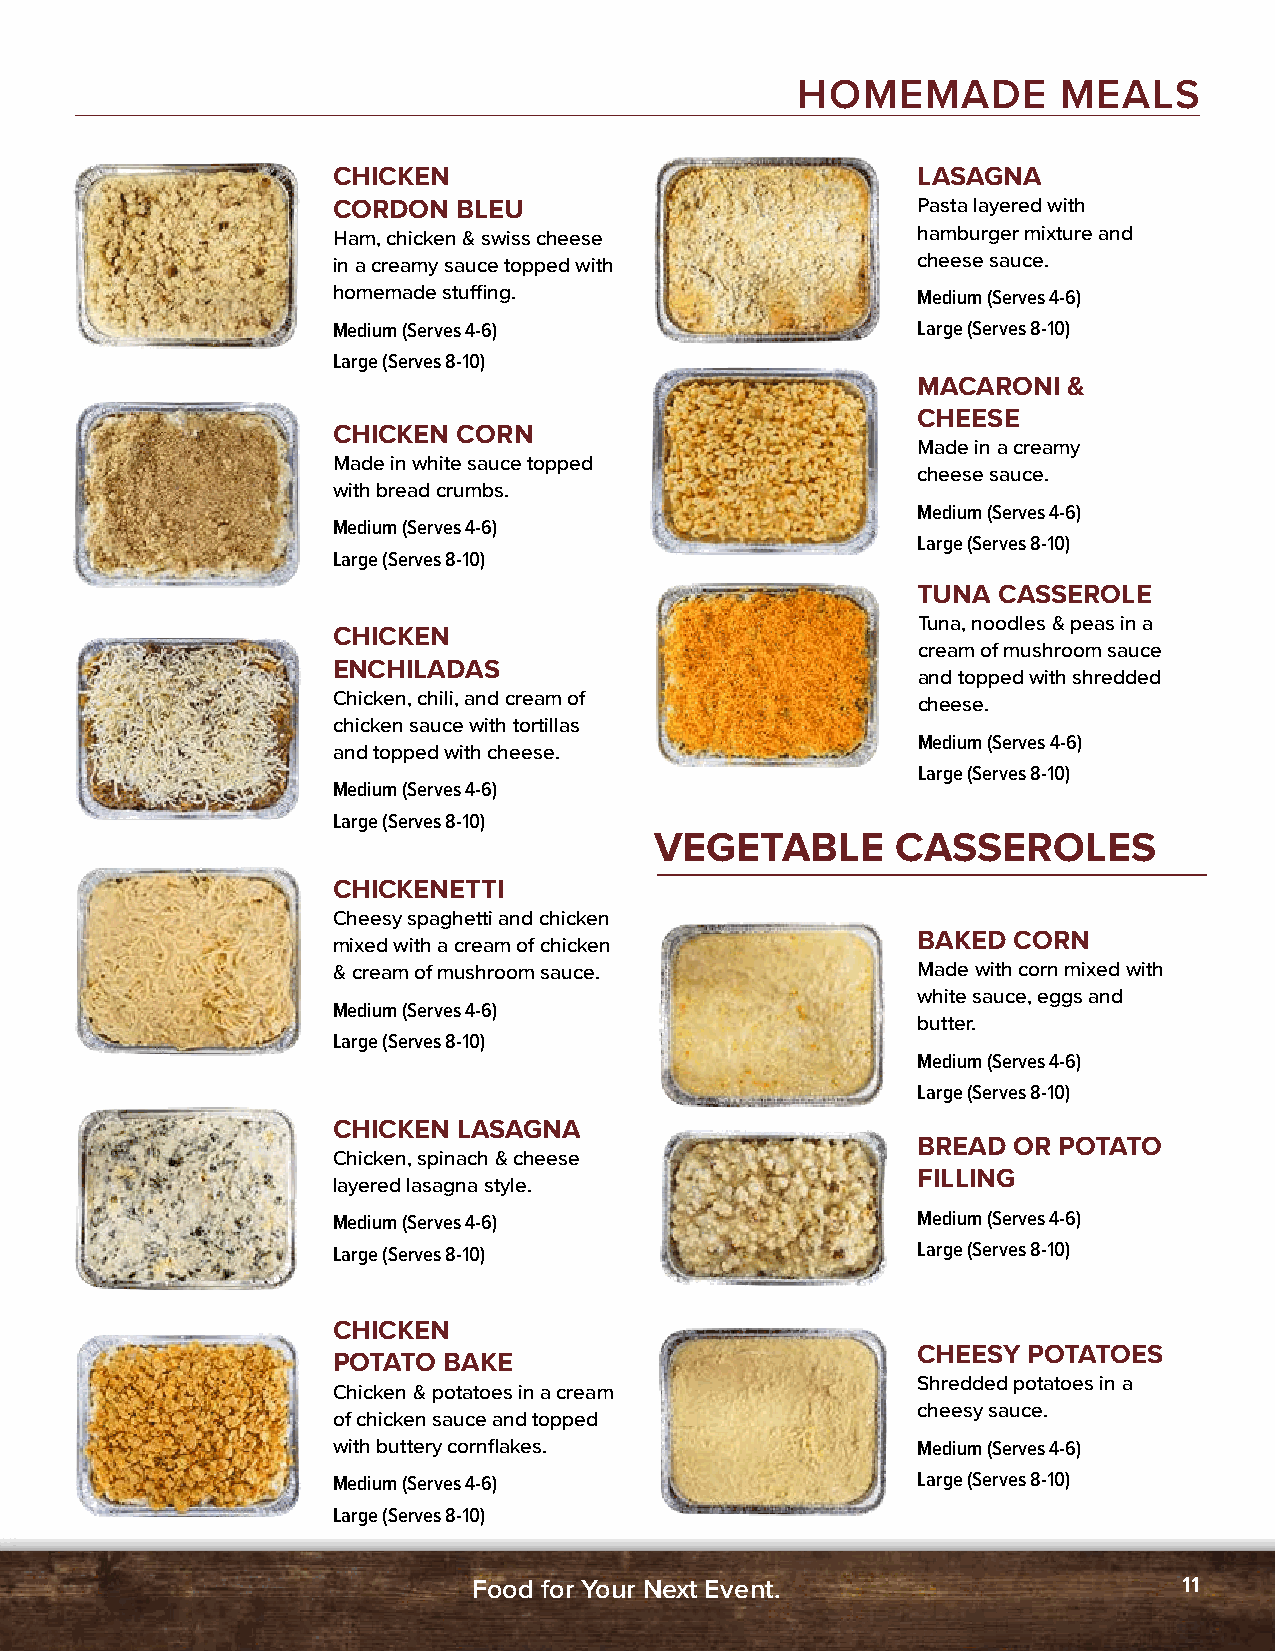
HOMEMADE         MEALS
 CHICKEN                                LASAGNA
 CORDON  BLEU                           Pasta layered with
 Ham, chicken & swiss cheese            hamburger mixture and
 in a creamy sauce topped with          cheese sauce.
 homemade stuffing.                     Medium (Serves 4-6)
 Medium (Serves 4-6)                    Large (Serves 8-10)
 Large (Serves 8-10)
 MACARONI  &
 CHEESE
 CHICKEN CORN
 Made in a creamy
 Made in white sauce topped
 cheese sauce.
 with bread crumbs.
 Medium (Serves 4-6)
 Medium (Serves 4-6)
 Large (Serves 8-10)
 Large (Serves 8-10)
 TUNA CASSEROLE
 Tuna, noodles & peas in a
 CHICKEN
 cream of mushroom sauce
 ENCHILADAS
 and topped with shredded
 Chicken, chili, and cream of
 cheese.
 chicken sauce with tortillas
 Medium (Serves 4-6)
 and topped with cheese.
 Large (Serves 8-10)
 Medium (Serves 4-6)
 Large (Serves 8-10)
 VEGETABLE       CASSEROLES
 CHICKENETTI
 Cheesy spaghetti and chicken
 BAKED CORN
 mixed with a cream of chicken
 & cream of mushroom sauce.             Made with corn mixed with
 white sauce, eggs and
 Medium (Serves 4-6)
 butter.
 Large (Serves 8-10)
 Medium (Serves 4-6)
 Large (Serves 8-10)
 CHICKEN LASAGNA
 BREAD OR POTATO
 Chicken, spinach & cheese
 FILLING
 layered lasagna style.
 Medium (Serves 4-6)                    Medium (Serves 4-6)
 Large (Serves 8-10)                    Large (Serves 8-10)
 CHICKEN
 CHEESY POTATOES
 POTATO BAKE
 Shredded potatoes in a
 Chicken & potatoes in a cream
 cheesy sauce.
 of chicken sauce and topped
 with buttery cornflakes.               Medium (Serves 4-6)
 Medium (Serves 4-6)                    Large (Serves 8-10)
 Large (Serves 8-10)
 Food for Your Next Event.                      11